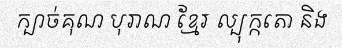
ក្បាច់គុណ បុរាណ ខ្មែរ ល្បុក្កតោ និង